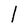
Character: l